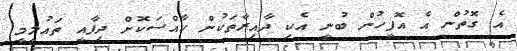
އެ ގޮތުން އެ އޮފީހުން ބުނީ އެކި ދާއިރާތަކުން ހާއްސަކޮށް ދިފާއީ ތައުލީމީ